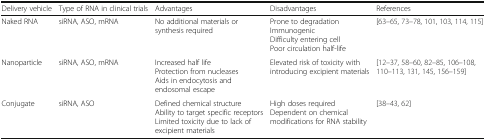
<table><thead><tr><td><b>Delivery vehicle</b></td><td><b>Type of RNA in clinical trials</b></td><td><b>Advantages</b></td><td><b>Disadvantages</b></td><td><b>References</b></td></tr></thead><tbody><tr><td>Naked RNA</td><td>siRNA, ASO, mRNA</td><td>No additional materials or synthesis required</td><td>Prone to degradationImmunogenicDifficulty entering cellPoor circulation half-life</td><td>[63–65, 73–78, 101, 103, 114, 115]</td></tr><tr><td>Nanoparticle</td><td>siRNA, ASO, mRNA</td><td>Increased half lifeProtection from nucleasesAids in endocytosis and endosomal escape</td><td>Elevated risk of toxicity with introducing excipient materials</td><td>[12–37, 58–60, 82–85, 106–108, 110–113, 131, 145, 156–159]</td></tr><tr><td>Conjugate</td><td>siRNA, ASO</td><td>Defined chemical structureAbility to target specific receptorsLimited toxicity due to lack of excipient materials</td><td>High doses requiredDependent on chemical modifications for RNA stability</td><td>[38–43, 62]</td></tr></tbody></table>